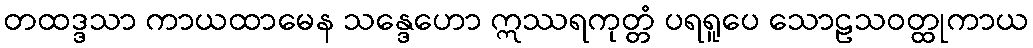
တထဒ္ဒသာ ကာယထာမေန သန္ဒေဟော ဣဿရကုတ္တံ ပရရူပေ သောဠသဝတ္ထုကာယ